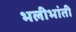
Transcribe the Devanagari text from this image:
भलीभांती